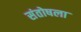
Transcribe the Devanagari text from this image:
संतोषला